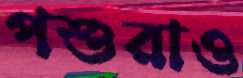
পশুরাও